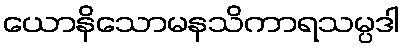
ယောနိသောမနသိကာရသမ္ပဒါ